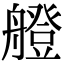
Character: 艠